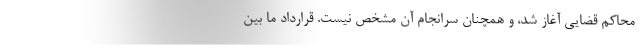
محاکم قضایی آغاز شد، و همچنان سرانجام آن مشخص نیست. قرارداد ما بین